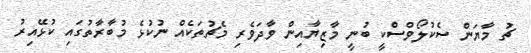
ޗު މާޔަން ސެކުލޯވްސްކީ ބުނީ މާޒިޔާއިން ވާދަވެރި މެޗުތަކެއް ނުކުޅެ މުބާރާތުގައި ކުޅޭއިރު